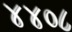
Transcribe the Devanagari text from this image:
४४०८